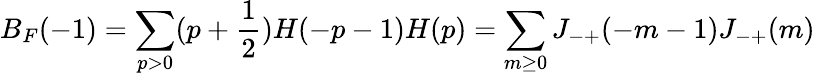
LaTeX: B_{F}(-1)=\sum_{p>0}(p+\frac{1}{2})H(-p-1)H(p)=\sum_{m\ge 0}J_{-+}(-m-1)J_{-+}(m)